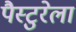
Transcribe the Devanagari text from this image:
पैस्टुरेला